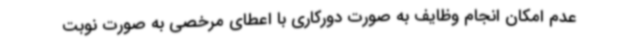
عدم امکان انجام وظایف به صورت دورکاری با اعطای مرخصی به صورت نوبت